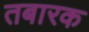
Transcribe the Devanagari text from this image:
तबारक